Eesti_Rahvusfond, lk 51
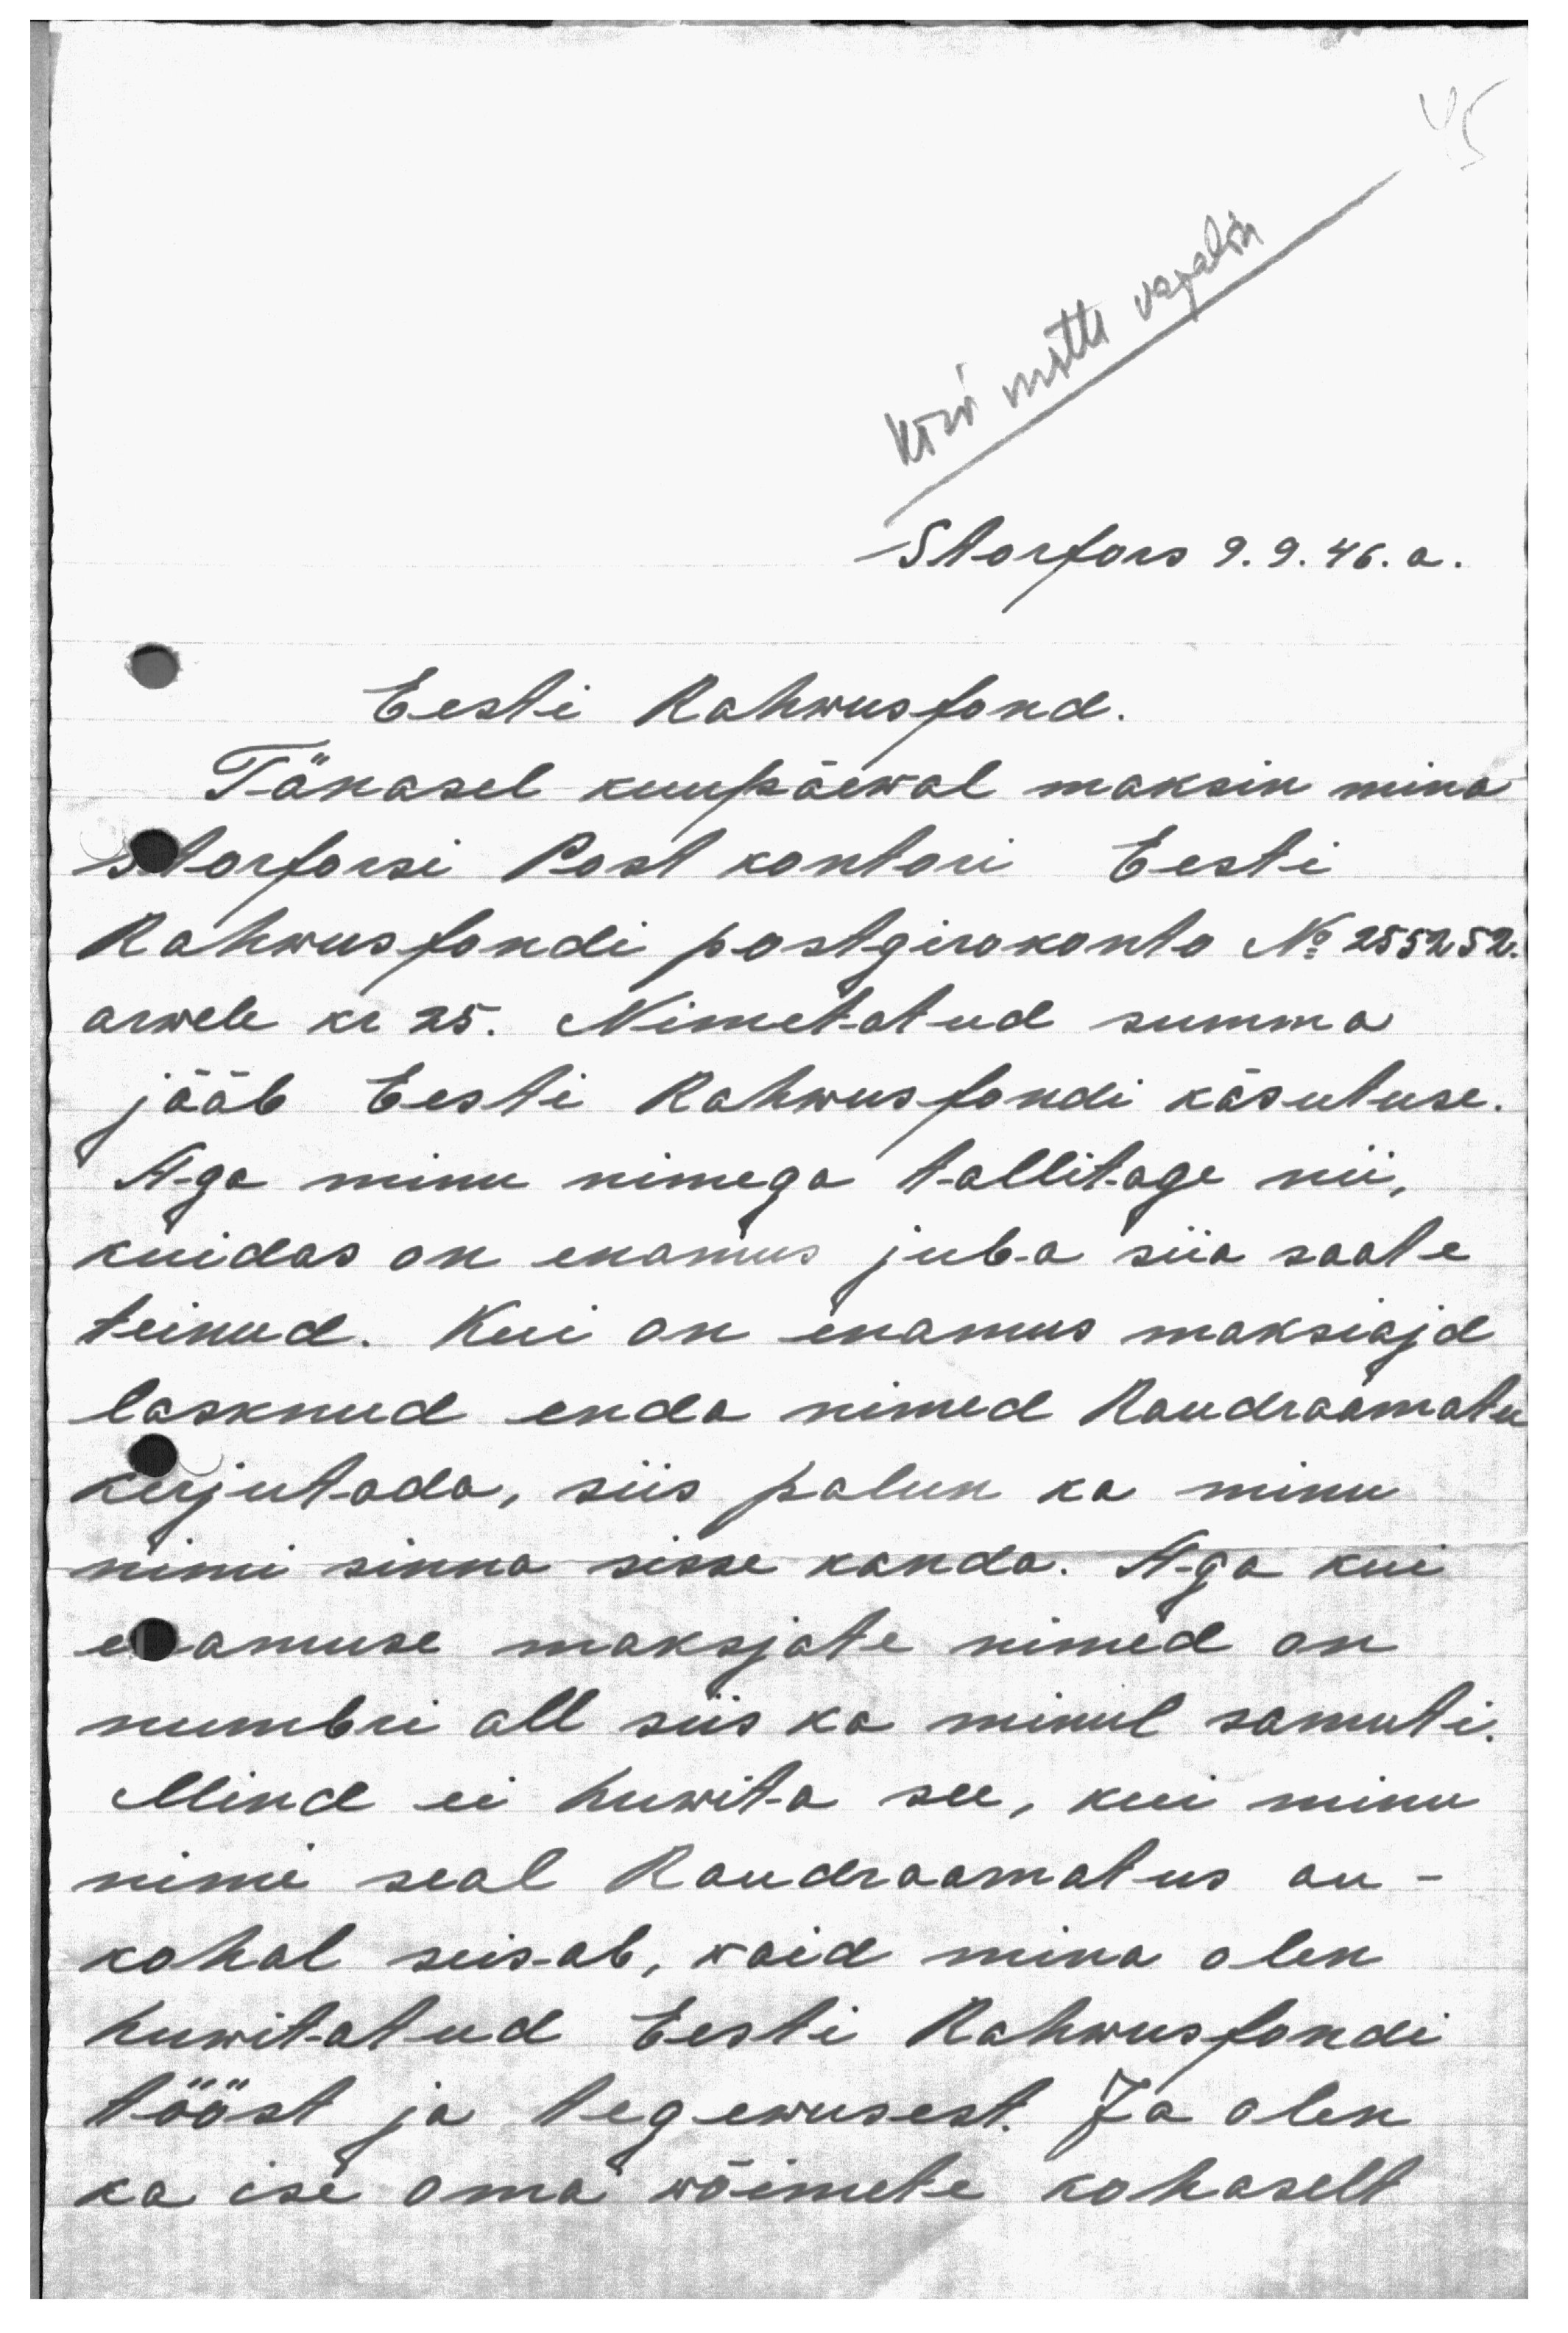
45
Kiri mitte vajalik
Storfors 9. 9. 46. a.
Eesti Rahwusfond.
Tänasel kuupäewal maksin mina
Storforsi Post kontori Eesti
Rahwusfondi postgirokonto No 255252.
arwele kr 25. Nimetatud summa
jääb Eesti Rahwusfondi käsutuse.
Aga minu nimega tallitage nii,
kuidas on enamus juba siin saate
teinud. Kui on enamus maksiajd
lasknud enda nimed Raudraamatu
kirjutada, siis palun ka minu
nimi sinna sisse kanda. Aga kui
enamuse maksjate nimed on
numbri all siis ka minul samuti.
Mind ei huwita see, kui minu
nimi seal Raudraamatus au-
kohal seis-ab, waid mina olen
huwitatud Eesti Rahwusfondi
tööst ja tegewusest. Ja olen
ka ise oma wõimete kohaselt